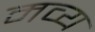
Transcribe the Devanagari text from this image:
मव्य